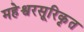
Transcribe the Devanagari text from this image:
महेश्वरसूरिकृत